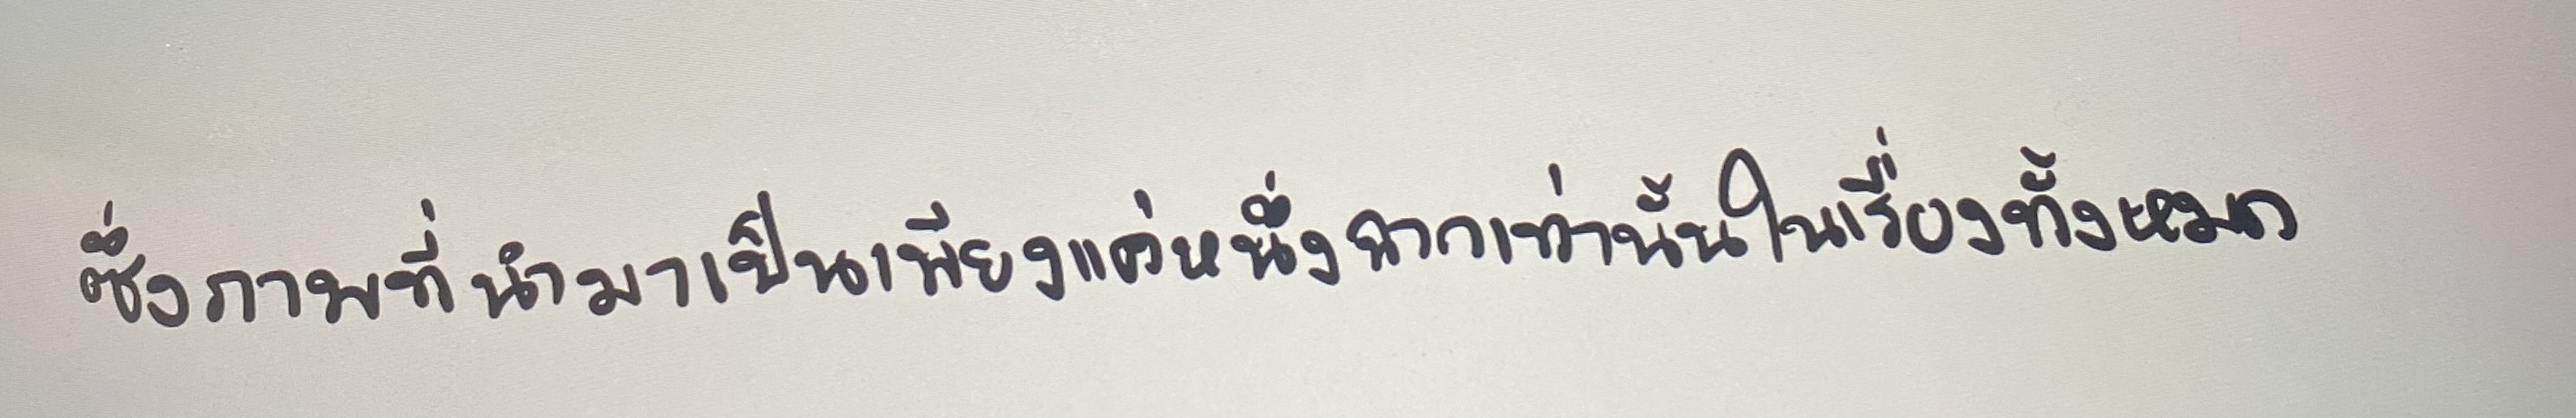
ซึ่งภาพที่นำมาเป็นเพียงแค่หนึ่งฉากเท่านั้นในเรื่องทั้งหมด